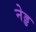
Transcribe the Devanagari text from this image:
नेड्ड